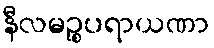
နီလမဉ္စပရာယဏာ